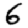
Digit: 6